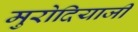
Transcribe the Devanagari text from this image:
मुरोदियाजी